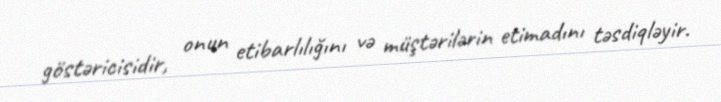
göstəricisidir, onun etibarlılığını və müştərilərin etimadını təsdiqləyir.